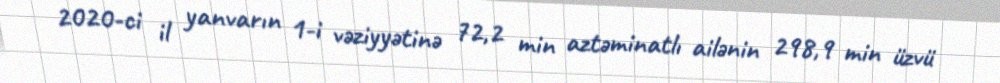
2020-ci il yanvarın 1-i vəziyyətinə 72,2 min aztəminatlı ailənin 298,9 min üzvü